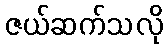
ဇယ်ဆက်သလို